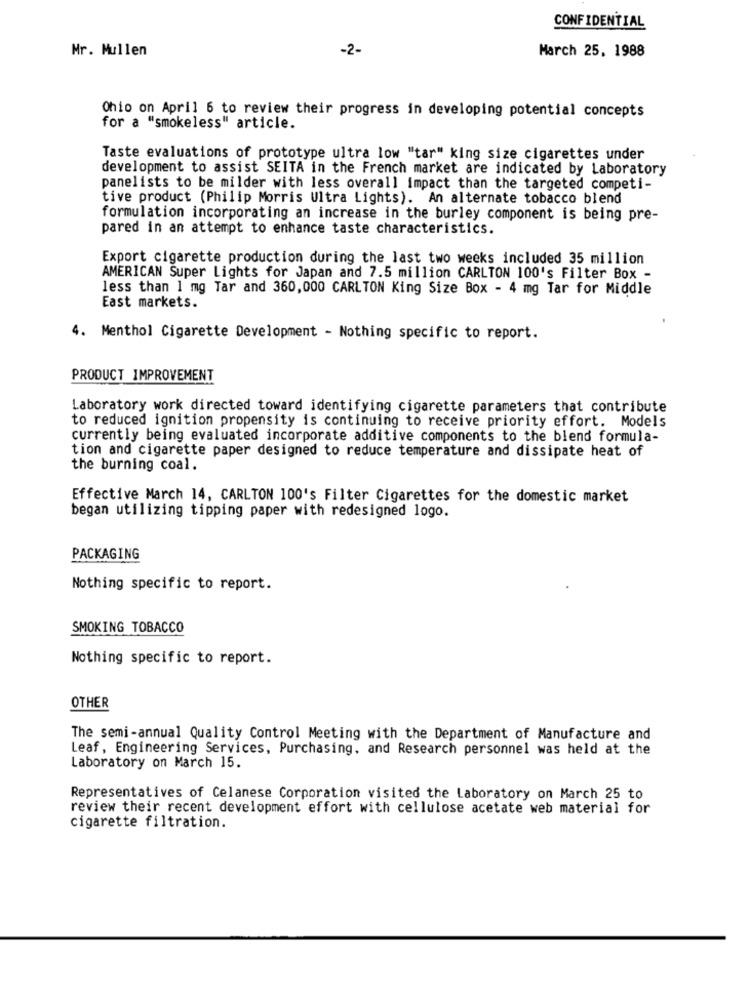
CONFIDENTIAL
Mr. Mullen
-2-
March 25, 1988
Ohio on April 6 to review their progress in developing potential concepts
for a "smokeless" article.
Taste evaluations of prototype ultra low "tar" king size cigarettes under
development to assist SEITA in the French market are indicated by Laboratory
panelists to be milder with less overall impact than the targeted competi-
tive product (Philip Morris Ultra Lights). An alternate tobacco blend
formulation incorporating an increase in the burley component is being pre-
pared in an attempt to enhance taste characteristics.
Export cigarette production during the last two weeks included 35 million
AMERICAN Super Lights for Japan and 7.5 million CARLTON 100's Filter Box -
less than 1 mg Tar and 360, 000 CARLTON King Size Box - 4 mg Tar for Middle
East markets.
4. Menthol Cigarette Development - Nothing specific to report.
PRODUCT IMPROVEMENT
Laboratory work directed toward identifying cigarette parameters that contribute
to reduced ignition propensity is continuing to receive priority effort. Models
currently being evaluated incorporate additive components to the blend formula-
tion and cigarette paper designed to reduce temperature and dissipate heat of
the burning coal.
Effective March 14, CARLTON 100's Filter Cigarettes for the domestic market
began utilizing tipping paper with redesigned logo.
PACKAGING
Nothing specific to report.
SMOKING TOBACCO
Nothing specific to report.
OTHER
The semi-annual Quality Control Meeting with the Department of Manufacture and
Leaf, Engineering Services, Purchasing, and Research personnel was held at the
Laboratory on March 15.
Representatives of Celanese Corporation visited the Laboratory on March 25 to
review their recent development effort with cellulose acetate web material for
cigarette filtration.